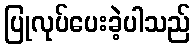
ပြုလုပ်ပေးခဲ့ပါသည်